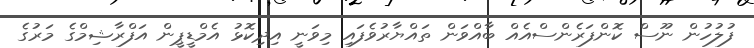
ފުލުހުން ނޫސް ކޮންފަރެންސްއެއް ބާއްވަން ތައްޔާރުވެފައި މިވަނީ އިދިކޮޅު އެމްޑީޕީން އަފްރާޝިމްގެ މަރުގެ